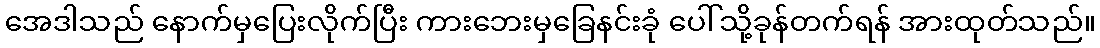
အေဒါသည် နောက်မှပြေးလိုက်ပြီး ကားဘေးမှခြေနင်းခုံ ပေါ်သို့ခုန်တက်ရန် အားထုတ်သည်။